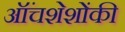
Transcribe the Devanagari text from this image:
ऑंचशेशोंकी